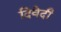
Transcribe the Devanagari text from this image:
दिवेदी